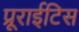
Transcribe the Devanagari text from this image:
प्रूराईटिस